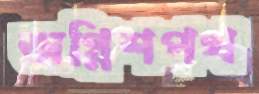
অগ্নিশপথ